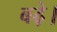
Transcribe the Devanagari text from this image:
बढे़।